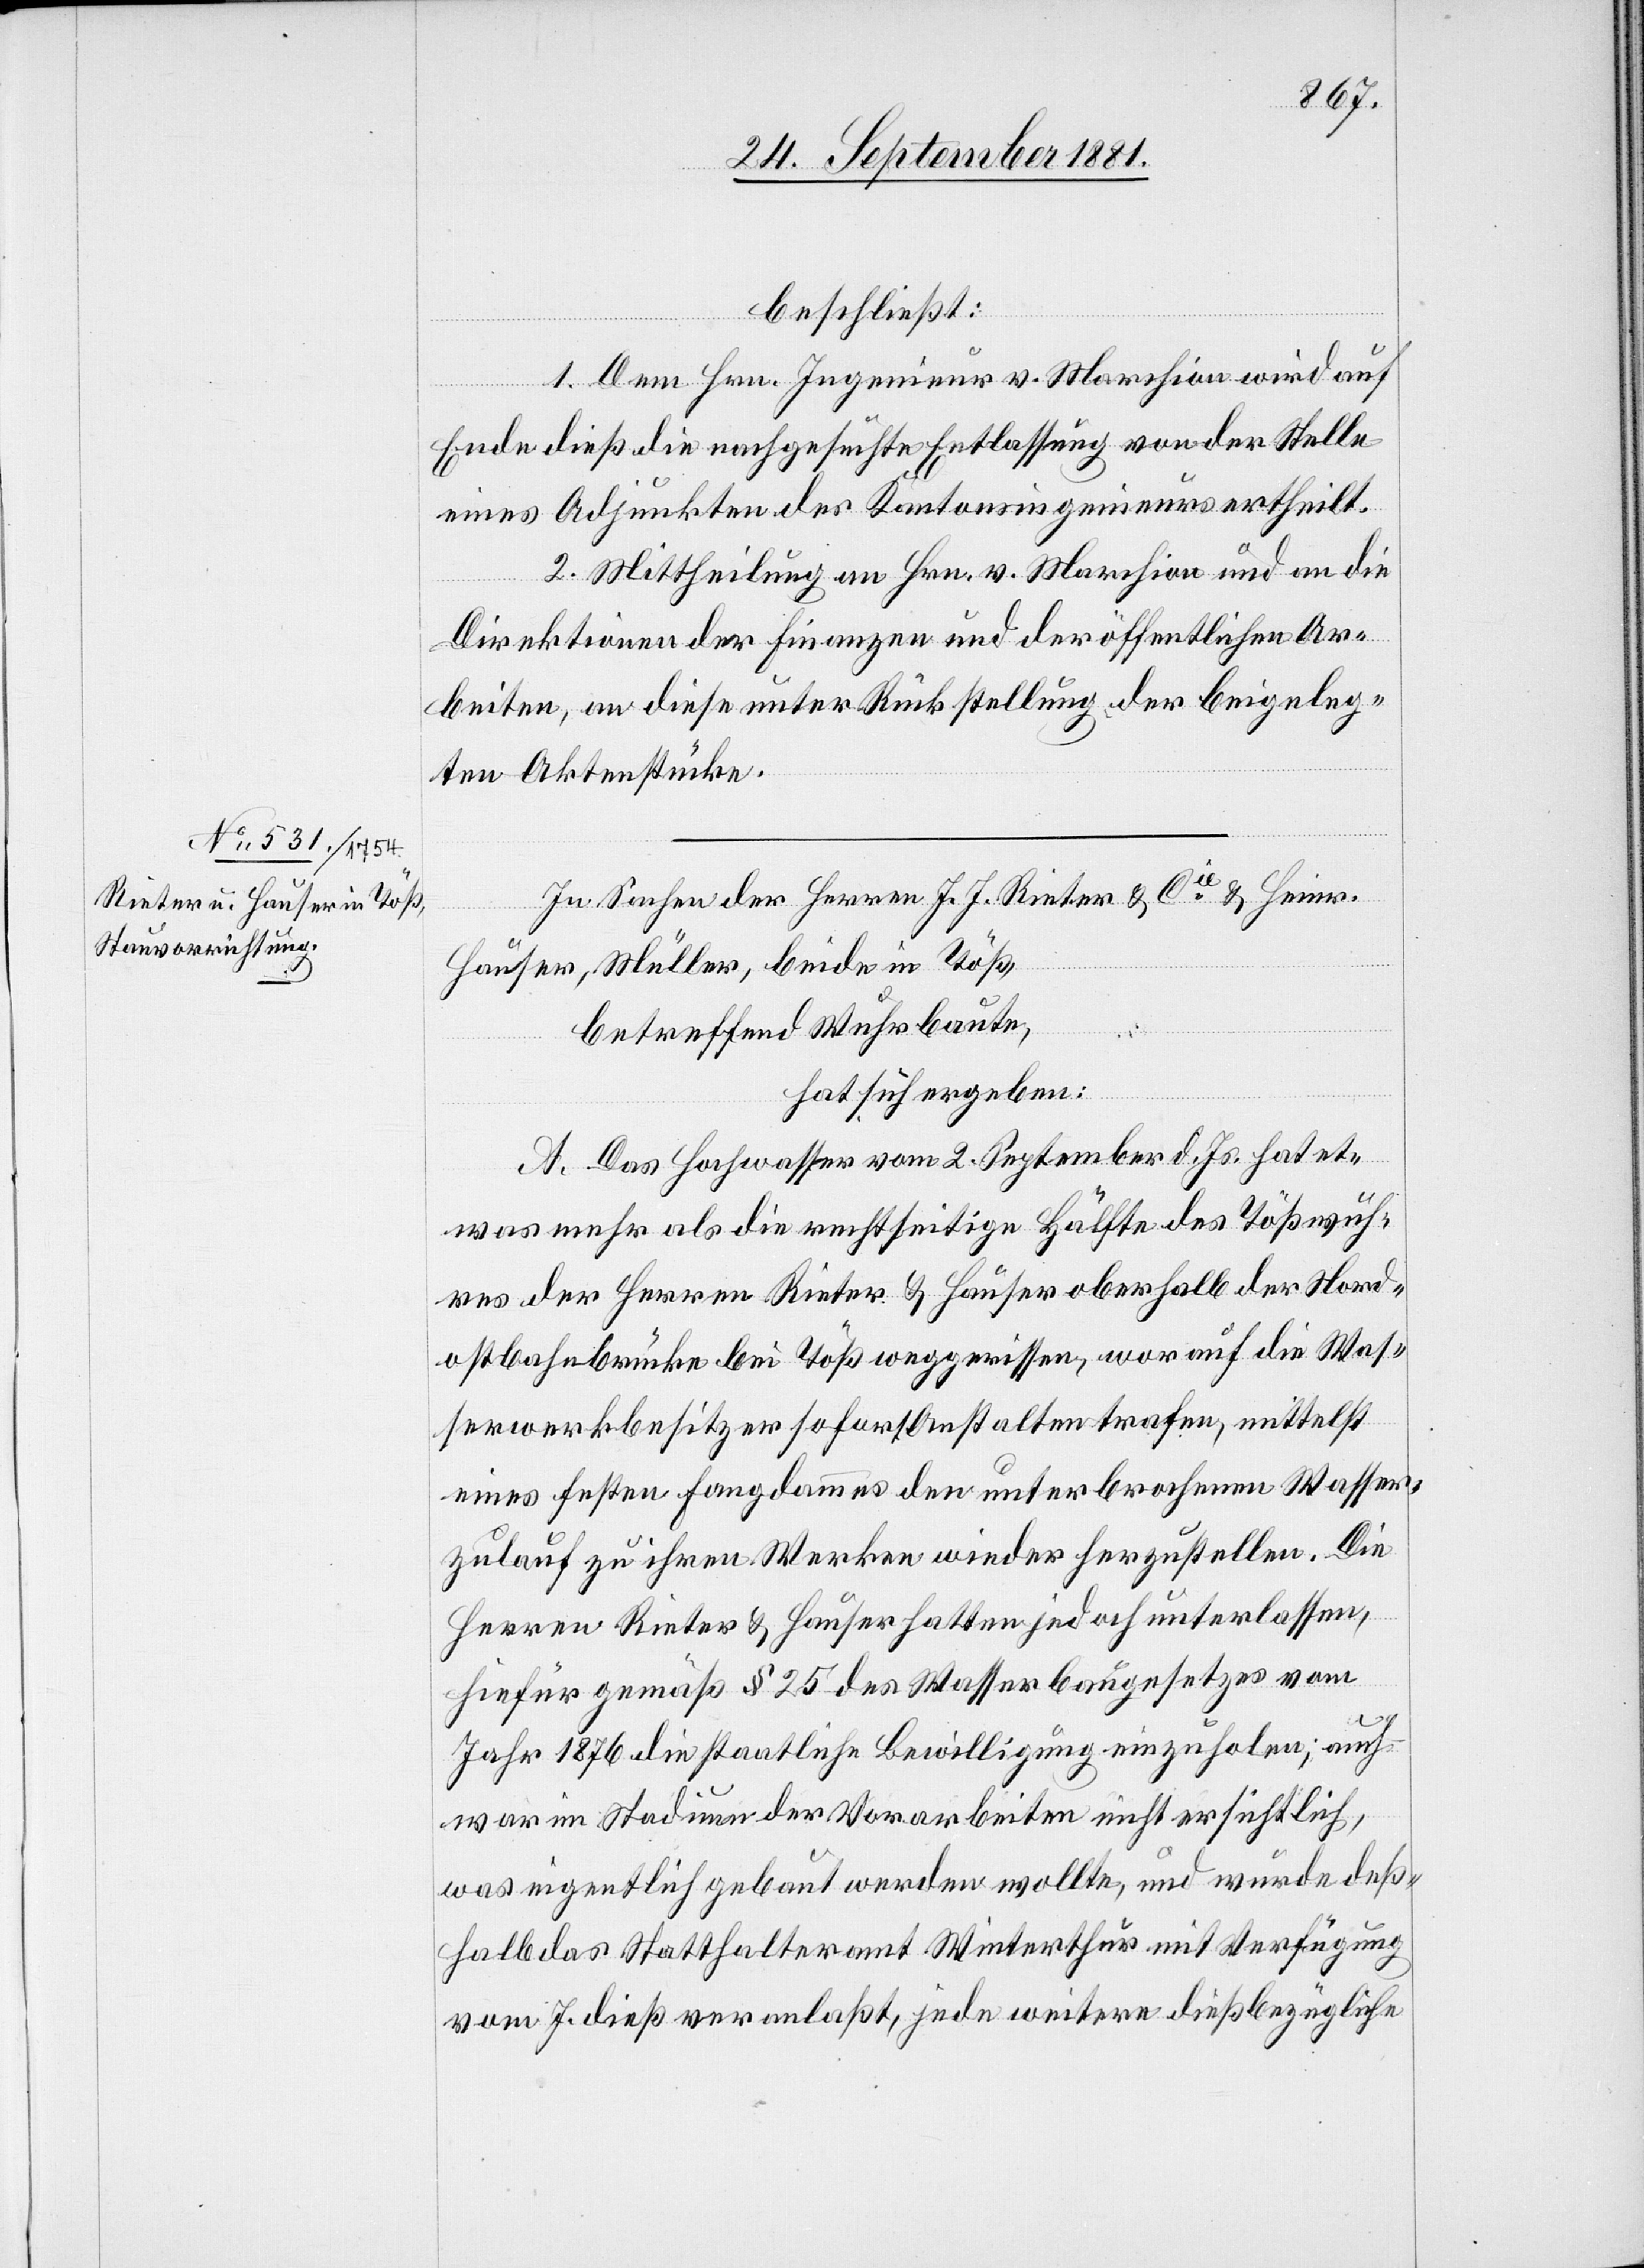
beschließt:
1. Dem Hrn. Ingenieur v. Marchion wird auf
Ende dieß die nachgesuchte Entlassung von der Stelle
eines Adjunkten des Kantonsingenieurs ertheilt.
2. Mittheilung an Hrn. v. Marchion und an die
Direktionen der Finanzen und der öffentlichen Ar¬
beiten, an diese unter Rückstellung der beigeleg¬
ten Aktenstücke.
In Sachen der Herren J. J. Rieter & Cie & Heinr.
Hauser, Müller, beide in Töß,
betreffend Wuhrbaute,
hat sich ergeben:
A. Das Hochwasser vom 2. September d. Js. hat et¬
was mehr als die rechtseitige Hälfte des Tößuf¬
ers der Herren Rieter & Hauser oberhalb der Nord¬
ostbahnbrücke bei Töß weggerissen, worauf die Was¬
serwerkbesitzer sofort Anstalten trafen, mittelst
eines festen Fangdammes den unterbrochenen Wasser¬
zulauf zu ihren Werken wieder herzustellen. Die
Herren Rieter & Hauser hatten jedoch unterlassen,
hiefür gemäß § 25 des Wasserbaugesetzes vom
Jahr 1876 die staatliche Bewilligung einzuholen; auch
war im Stadium der Vorarbeiten nicht ersichtlich,
was eigentlich gebaut werden wollte, und wurde deß¬
halb das Statthalteramt Winterthur mit Verfügung
vom 7. dieß veranlaßt, jede weitere dießbezügliche